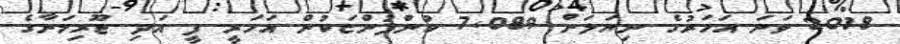
2018 ވަނަ އަހަރުގެ ނިޔަލަށް 7